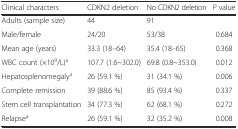
| Clinical characters | CDKN2 deletion | No CDKN2 deletion | P value |
 | --- | --- | --- | --- |
 | Adults (sample size) | 44 | 91 |  |
 | Male/female | 24/20 | 53/38 | 0.684 |
 | Mean age (years) | 33.3 (18–64) | 35.4 (18–65) | 0.368 |
 | WBC count (×109/L)a | 107.7 (1.6~302.0) | 69.8 (0.8~353.0) | 0.012 |
 | Hepatosplenomegalya | 26 (59.1 %) | 31 (34.1 %) | 0.006 |
 | Complete remission | 39 (88.6 %) | 85 (93.4 %) | 0.337 |
 | Stem cell transplantation | 34 (77.3 %) | 62 (68.1 %) | 0.272 |
 | Relapsea | 26 (59.1 %) | 32 (35.2 %) | 0.008 |